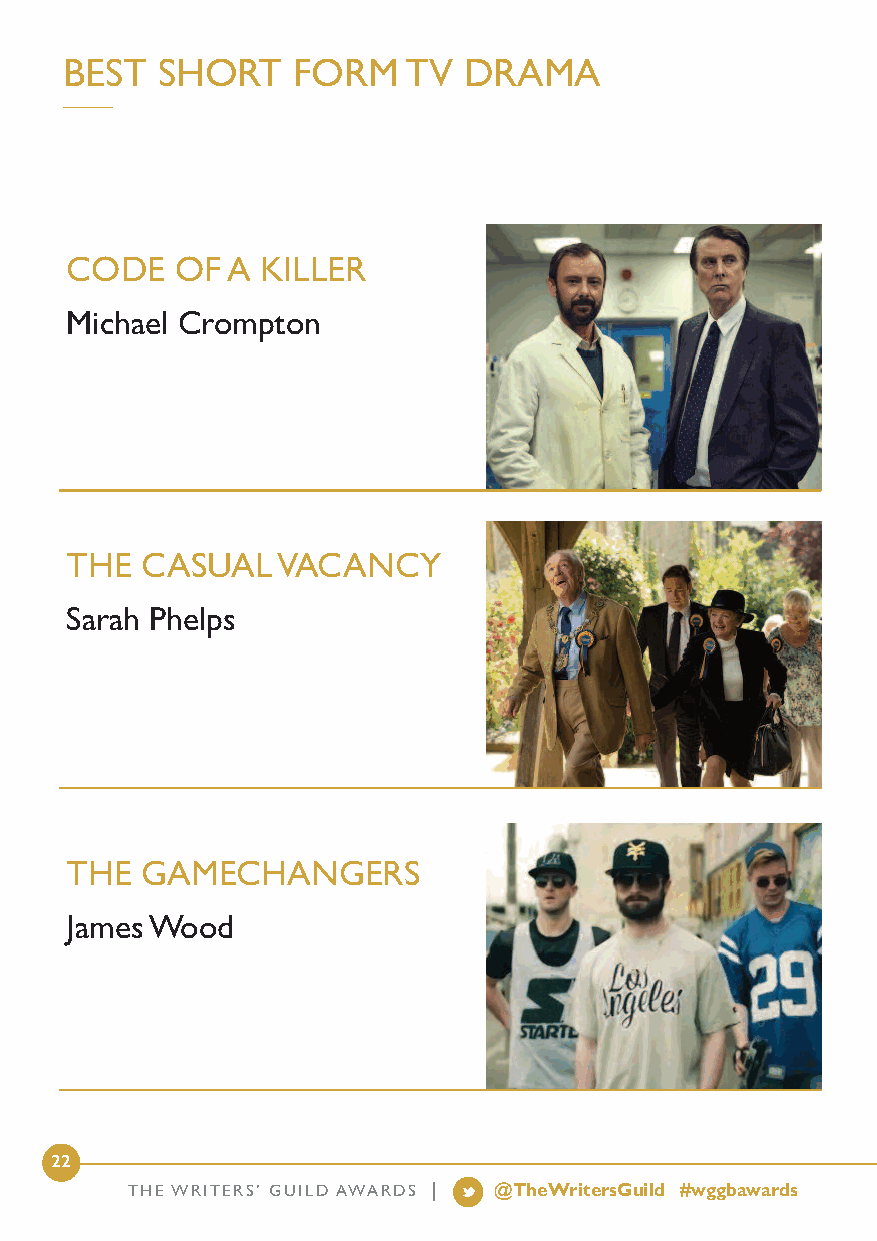
BEST  SHORT    FORM    TV  DRAMA
 CODE    OF A KILLER
 Michael Crompton
 THE  CASUAL   VACANCY
 Sarah Phelps
 THE  GAMECHANGERS
 James Wood
 22
 THE WRITERS’ GUILD AWARDS | @TheWritersGuild #wggbawards